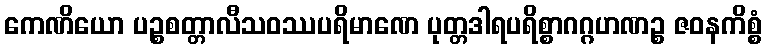
ကေဏိယော ပဉ္စစတ္တာလီသဝဿပရိမာဏေ ပုတ္တဒါရပရိစ္စာဂဂ္ဂဟဏဉ္စ ဇဝနကိစ္စံ